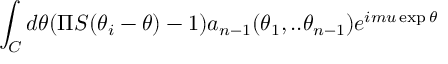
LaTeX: \int _ { C } d \theta ( \Pi S ( \theta _ { i } - \theta ) - 1 ) a _ { n - 1 } ( \theta _ { 1 } , . . \theta _ { n - 1 } ) e ^ { i m u \exp \theta }